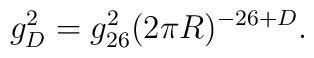
g_{D}^{2} = g^{2}_{26} (2 \pi R)^{-26+D} .